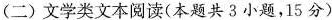
(二)文学类文本阅读(本题共3小题，15分)